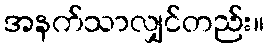
အနက်သာလျှင်တည်း။